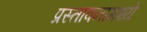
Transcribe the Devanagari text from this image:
प्रस्तावनामध्ये